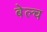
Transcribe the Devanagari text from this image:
बेल्च